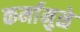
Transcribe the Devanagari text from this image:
कर्मामुळे